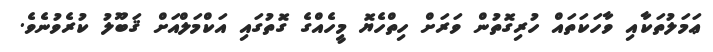
ޢަމަލުތަކާއި ވާހަކަތައް ހުރިގޮތުން ވަރަށް ހިތްހެޔޮ މީހެއްގެ ގޮތުގައި އަކްމަލްއަށް ޤަބޫލު ކުރެވުނެވެ.